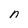
Character: n